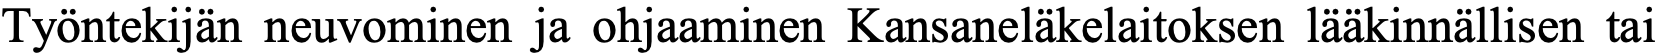
Työntekijän neuvominen ja ohjaaminen Kansaneläkelaitoksen lääkinnällisen tai